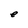
Character: e